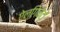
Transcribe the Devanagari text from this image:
ऐल्गिनेटों